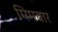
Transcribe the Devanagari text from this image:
मिमबार